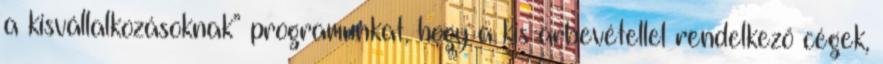
a kisvállalkozásoknak” programunkat, hogy a kis árbevétellel rendelkező cégek,